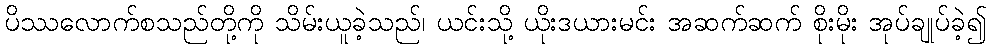
ပိဿလောက်စသည်တို့ကို သိမ်းယူခဲ့သည်၊ ယင်းသို့ ယိုးဒယားမင်း အဆက်ဆက် စိုးမိုး အုပ်ချုပ်ခဲ့၍